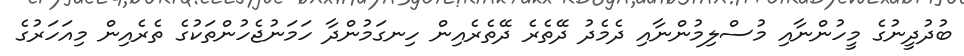
ބުދުދީނުގެ މީހުންނާއި މުސްލިމުންނާއި ދެމެދު ދޭތެެރެ ދޭތެރެއިން ހިނގަމުންދާ ހަމަނުޖެހުންތަކުގެ ތެރެއިން މިއަހަރުގެ